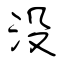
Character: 沒